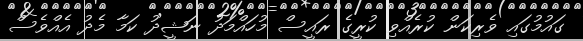
ގައުމުގައި ވެރިކަން ކުރެއްވި ކުރީގެ ރައީސް މުހައްމަދު ނަޝީދު ކަމާ މެދު އެއްވެސް